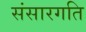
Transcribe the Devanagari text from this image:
संसारगति